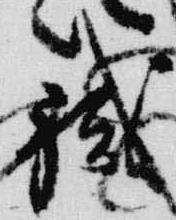
職